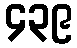
၄၃၉